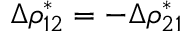
\Delta \rho _ { 1 2 } ^ { * } = - \Delta \rho _ { 2 1 } ^ { * }